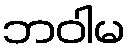
ဘဝါမ